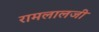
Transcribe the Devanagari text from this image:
रामलालजी